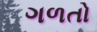
ગળતો